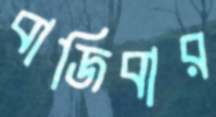
বাজিবার